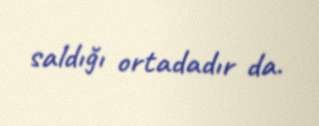
saldığı ortadadır da.